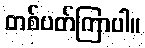
တစ်ပတ်ကြာပါ။